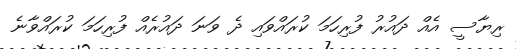
ރިޔާސީ އެއް ދައުރު ފުރިހަމަ ކުރައްވައި ދެ ވަަނަ ދައުރެއް ފުރިހަމަ ކުރައްވާނެ